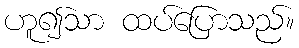
ဟူ၍သာ ထပ်ပြောသည်။